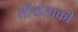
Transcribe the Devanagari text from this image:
तीर्थताको